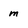
Character: m